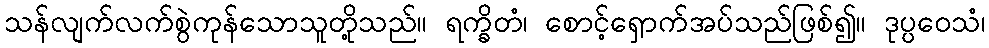
သန်လျက်လက်စွဲကုန်သောသူတို့သည်။ ရက္ခိတံ၊ စောင့်ရှောက်အပ်သည်ဖြစ်၍။ ဒုပ္ပဝေသံ၊